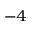
^ { - 4 }